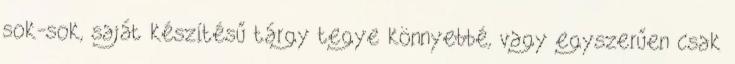
sok-sok, saját készítésű tárgy tegye könnyebbé, vagy egyszerűen csak